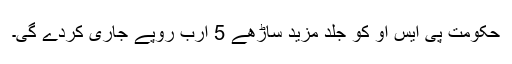
حکومت پی ایس او کو جلد مزید ساڑھے 5 ارب روپے جاری کردے گی۔